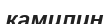
камилин